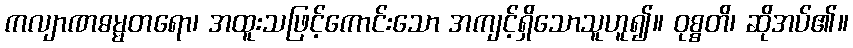
ကလျာဏဓမ္မတရော၊ အထူးသဖြင့်ကောင်းသော အကျင့်ရှိသောသူဟူ၍။ ဝုစ္စတိ၊ ဆိုအပ်၏။